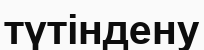
түтіндену